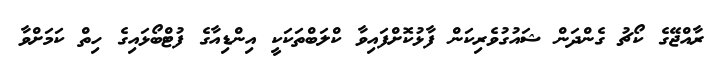
ރާއްޖޭގެ ކޯޗު ގެންދަން ޝައުގުވެރިކަން ފާޅުކޮށްފައިވާ ކްލަބްތަކަކީ އިންޑިއާގެ ފުޓްބޯޅައިގެ ހިތް ކަމަށްވާ